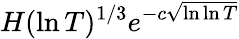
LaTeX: H(\ln T)^{1/3}e^{-c{\sqrt{\ln\ln T}}}